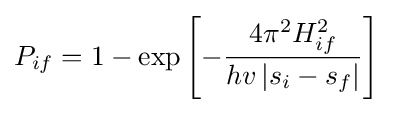
P_{if}=1-\exp \left[-{\frac {4\pi ^{2}{H_{if}^{2}}}{hv\left|s_{i}-s_{f}\right|}}\right]